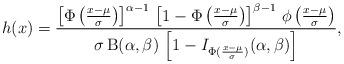
LaTeX: \begin{align*}h(x)&=\frac{\left[\Phi\left(\frac{x-\mu}{\sigma}\right)\right]^{\alpha-1}\,\left[1-\Phi\left(\frac{x-\mu}{\sigma}\right)\right]^{\beta-1}\,\phi\left(\frac{x-\mu}{\sigma}\right)}{\sigma\,\mathrm{B}(\alpha,\beta)\,\left[1-I_{\Phi(\frac{x-\mu}{\sigma})}(\alpha,\beta)\right]},\end{align*}